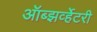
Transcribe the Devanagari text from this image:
ऑब्झर्व्हेटरी